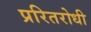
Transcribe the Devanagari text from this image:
प्ररितरोधी